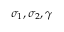
\sigma _ { 1 } , \sigma _ { 2 } , \gamma